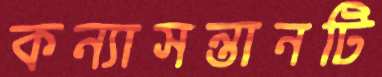
কন্যাসন্তানটি